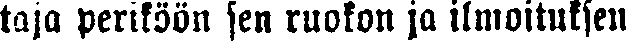
taja periköön jen ruokon ja ilmoituksen